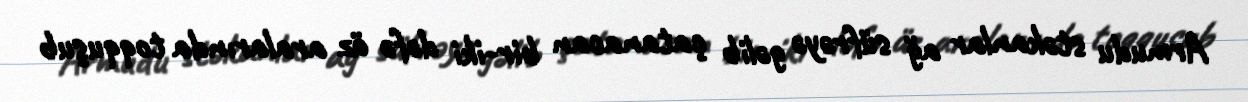
Armudu stəkanlar ağ süfrəyə gəlib çatanacan bir-iki dəfə öz aralarında toqquşub